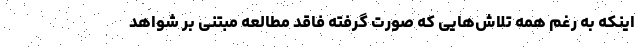
اینکه به رغم همه تلاش‌هایی که صورت گرفته فاقد مطالعه مبتنی بر شواهد